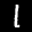
Label: 1